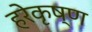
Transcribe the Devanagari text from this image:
हरेकृष्‍ण